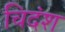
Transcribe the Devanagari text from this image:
चिदंश